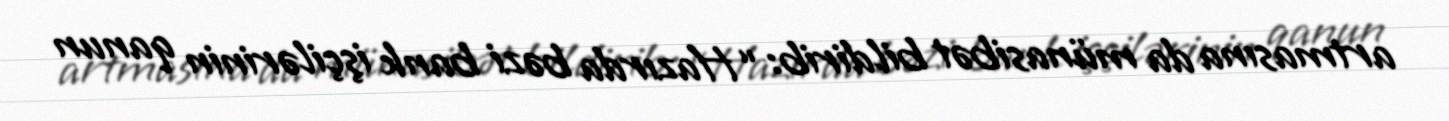
artmasına da münasibət bildirib: “Hazırda bəzi bank işçilərinin qanun